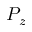
P _ { z }